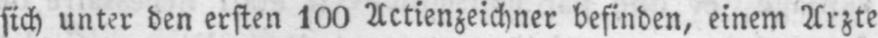
sich unter den ersten 100 Actienzeichner befinden, einem Arzte